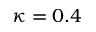
\kappa = 0 . 4